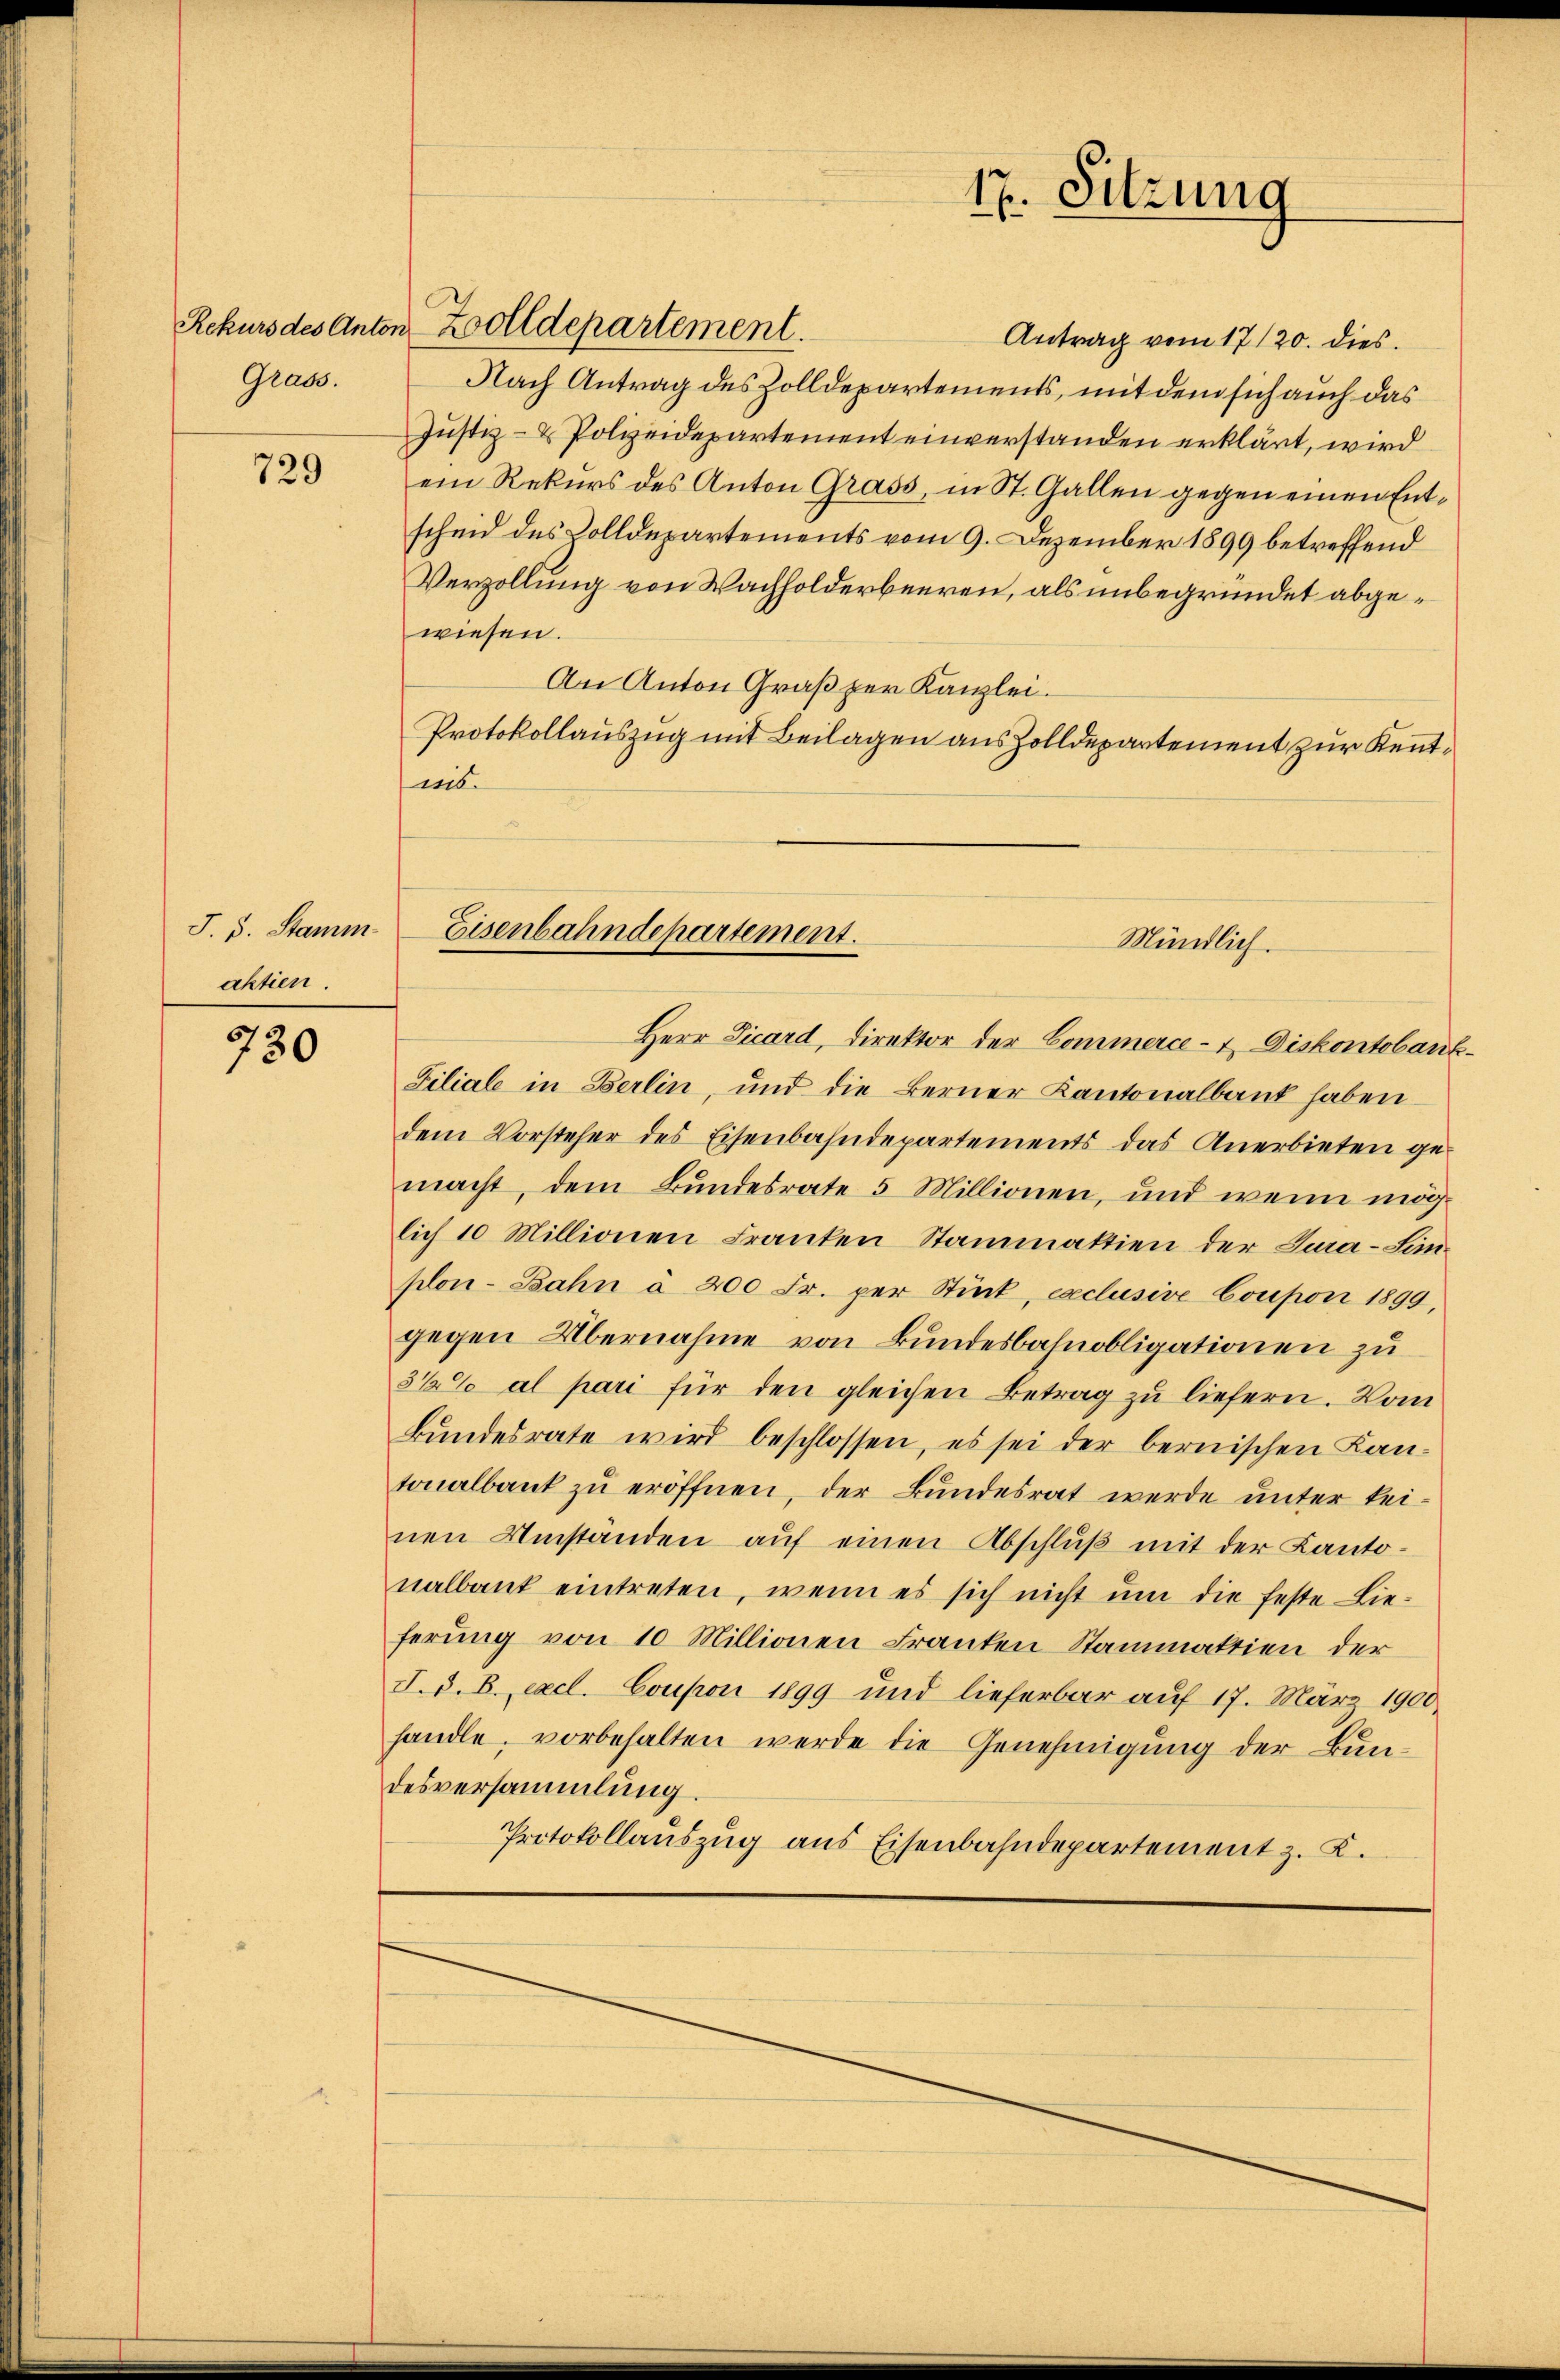
Grass.

729

J. 5. Stamm
aktien.

G
2
130

Antrag vom 17./20. dies
Nach Antrag des Zolldepartements, mit dem sich auch das
Justiz- & Polizeidepartement einverstanden erklärt, wird
ein Rekurs des Anton Grass, in St. Gallen gegen einen Entscheid des Colldepartements vom 9. Dezember 1899 betreffend
Verzollung von Wachholderbeeren, als unbegründet abgewiesen.
An Anton Graß per Kanzlei.
Protokollauszug mit Beilagen aus Zolldepartement zur Kennt¬
Herr Vicard, Direktor der Commerce - 4. Diskontobank¬
Filiale in Berlin, und die Berner Kantonalbank haben
dem Vorsteher des Eisenbahndepartements das Anerbieten gemacht, dem Bundesrate 5 Millionen, und wenn möglich 10 Millionen Franken Stammattien der Cura-Sim-
plon-Bahn à 200 Fr. per Stück, exclusive Coupon 1899,
gegen Übernahme von Bundesbahnobligationen zu
3 1/2% al pari für den gleichen Betrag zu liefern. Vom
Bundesrate wird beschlossen, es sei der bernischen Kantonalbank zu eröffnen, der Bundesrat werde unter kei-
nen Umständen aŭf einen Abschluß mit der Kanto-
nalbank eintreten, wenn es sich nicht ŭm die feste Lie-
ferung von 10 Millionen Franken Stammaktien der
I. d. B. excl. Coupon 1899 und lieferbar auf 17. März 1900
handle, vorbehalten werde die Genehmigung der Bundesversammlung
Protokollauszug aus Eisenbahndepartement z. K.

wis.

Rekurs des Anton Zolldepartement.

Eisenbahndepartement.
Mündlich.

17. Sitzung